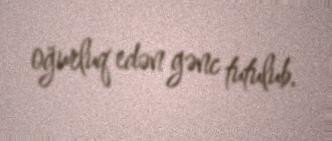
oğurluq edən gənc tutulub.